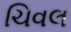
ચિવલ